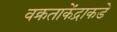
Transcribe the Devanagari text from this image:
वक्रताकेंद्राकडे